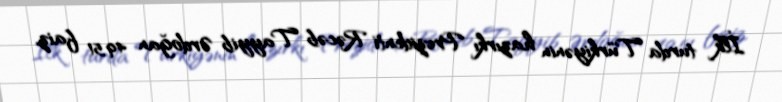
İlk turda Türkiyənin hazırkı Prezidenti Rəcəb Tayyib Ərdoğan 49,51 faiz,